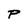
Character: P